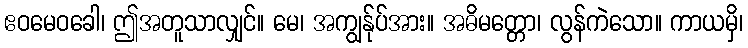
ဧဝမေဝခေါ၊ ဤအတူသာလျှင်။ မေ၊ အကျွန်ုပ်အား။ အဓိမတ္တော၊ လွန်ကဲသော။ ကာယမှိ၊